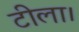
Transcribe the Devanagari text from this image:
टीला।